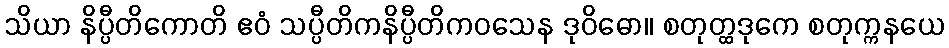
သိယာ နိပ္ပီတိကောတိ ဧဝံ သပ္ပီတိကနိပ္ပီတိကဝသေန ဒုဝိဓော။ စတုတ္ထဒုကေ စတုက္ကနယေ